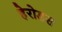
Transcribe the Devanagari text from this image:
हेरोडस